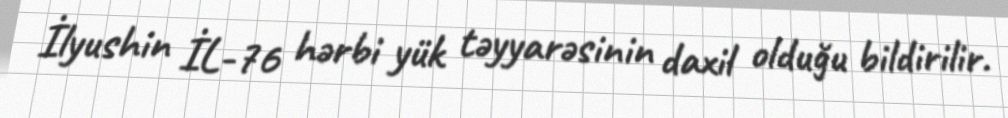
İlyushin İL-76 hərbi yük təyyarəsinin daxil olduğu bildirilir.